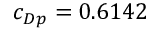
c _ { D p } = 0 . 6 1 4 2